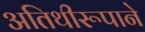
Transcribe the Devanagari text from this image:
अतिथीरूपाने